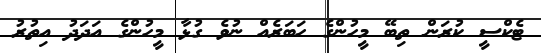
ޓެކްސީ ކުރަން ތިބޭ މީހުންގެ ހަބަރެއް ނުވެ ގުޅާ މީހުންގެ އަދަދު އިތުރު